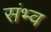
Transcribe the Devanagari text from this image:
संभ्व